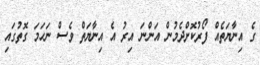
ގެ އިނާޔަތެއް ފޯރުކޮށްދެމުން އަންނަ އިރު އެ އިނާޔަތް ވެސް ނަހަމަ ގޮތުގައި